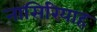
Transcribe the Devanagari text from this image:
नासिरियाह